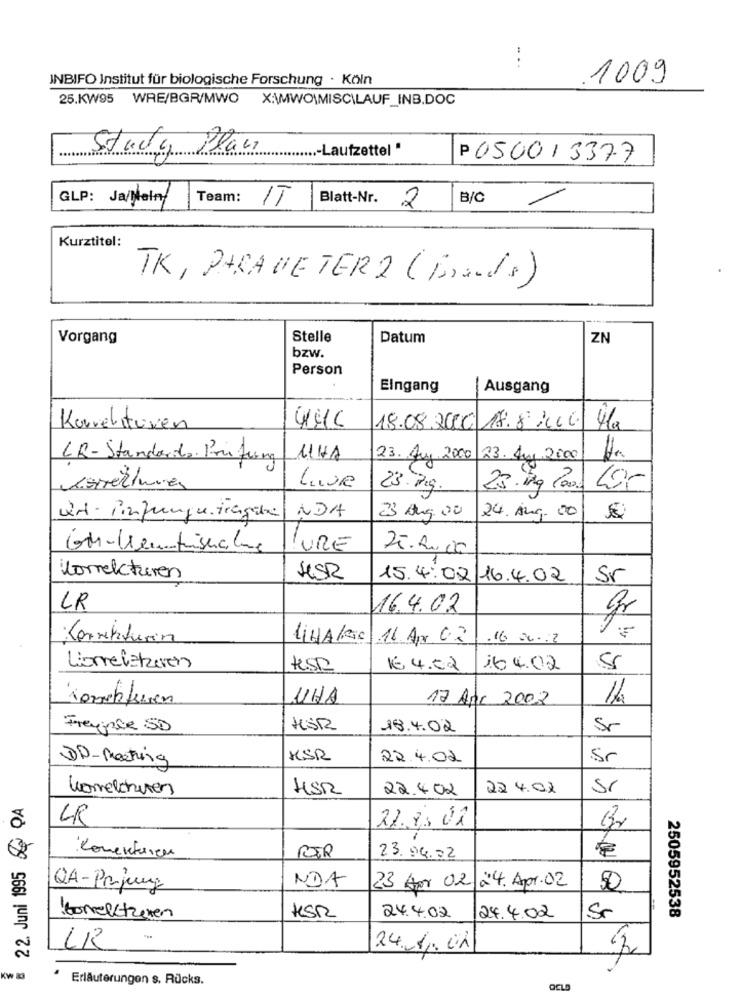
INBIFO Institut für biologische Forschung · Köln
1009
25.KW95 WRE/BGR/MWO X:\MWO\MISC\LAUF_INB.DOC
Study Plan
..- Laufzettel "
P 050013377
GLP: Ja/Nein
Team:
IT
Blatt-Nr.
2
B/C
Kurztitel:
TK, PARAMETER 2 (Friends)
Vorgang
Stelle
Datum
ZN
bzw.
Person
Eingang
Ausgang
Korrekturen
18.08.2010: 18.8 100 41g
LR- Standards. Prufung
11HA
23. Aug 2000
23. Aug 2000
23. Kg.
23.ing (0)
NDA
KA - Pinfungu.fragile
23 Amg. 00
24. Aug. 00
URE
25.00.00
Korrekturen
SESR
15.4.02/16.4.02
Sr
LR
16.4.02
gr
Korrekturin
LiHA/Ria 16 Ap. 02
.16 00 .. 2
Lionelatzeren
tess
€ 4.52
164.02
Korrekturen
UHA
17 An 2002
Freypie SD
HÖR
18.4.02
Sr
DD-meeting
KSR
22.4.02
Sr
komelchiren
HSR
22.402
22 4.02
Sí
22. Juni 1995 & DA
CR
Br
Comekturen
RTR
23.04.02
NDA
24. Apr.02
QA-Prjung
23 Am 02
50
2505952538
Korrektzeven
KSR
24.4.02
24.4.02
Sr
24.1.01
KW &3
Erläuterungen s. Rücks.
OCL